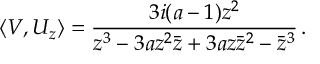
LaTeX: \langle V , U _ { z } \rangle = \frac { 3 i ( a - 1 ) z ^ { 2 } } { z ^ { 3 } - 3 a z ^ { 2 } { \bar { z } } + 3 a z { \bar { z } } ^ { 2 } - { \bar { z } } ^ { 3 } } \, .